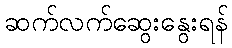
ဆက်လက်ဆွေးနွေးရန်